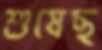
শুষেছ